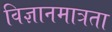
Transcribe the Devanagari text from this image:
विज्ञानमात्रता